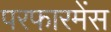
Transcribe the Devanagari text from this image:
परफारमेंस